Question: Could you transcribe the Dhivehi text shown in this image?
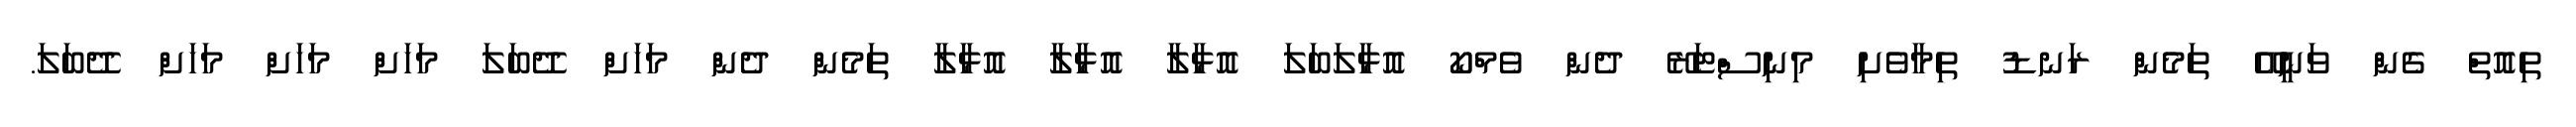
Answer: ތިއޮތް ގެން ވަނީއޭ ތަމެން ރަނޑު ތިމާވެށި މިނިސްޓަރޭ ދެން ވެމްކޯ އޮޅާލަބަލަ އޮޅާލާ އޮޅާލާ އޮޅާލާ ތަމެން ދެން މަހަށް ދޭބަލަ މަހަށް މަހަށް މަހަށް ދޭބަލަ.